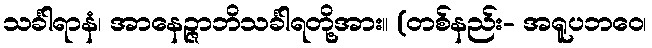
သင်္ခါရာနံ၊ အာနေဉ္ဇာဘိသင်္ခါရတို့အား။ (တစ်နည်း- အရူပဘဝေ၊